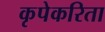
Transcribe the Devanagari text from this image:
कृपेकरिता